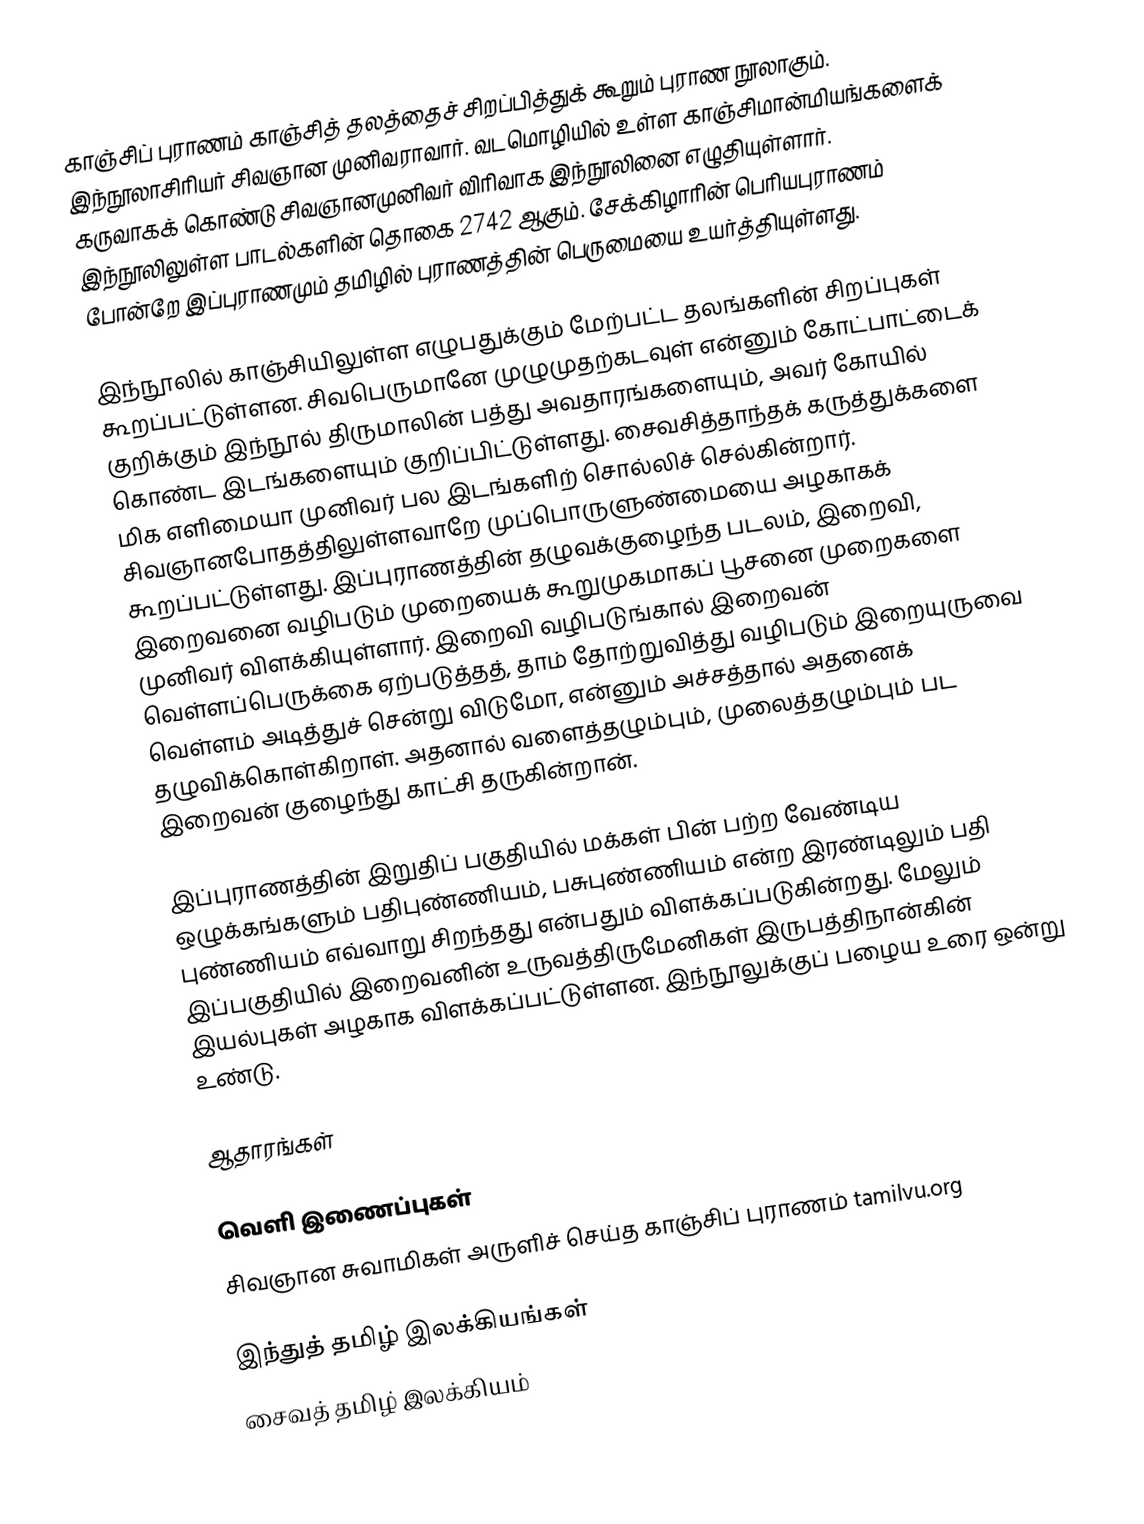
காஞ்சிப் புராணம் காஞ்சித் தலத்தைச் சிறப்பித்துக் கூறும் புராண நூலாகும். இந்நூலாசிரியர் சிவஞான முனிவராவார். வடமொழியில் உள்ள காஞ்சிமான்மியங்களைக் கருவாகக் கொண்டு சிவஞானமுனிவர் விரிவாக இந்நூலினை எழுதியுள்ளார். இந்நூலிலுள்ள பாடல்களின் தொகை 2742 ஆகும். சேக்கிழாரின் பெரியபுராணம் போன்றே இப்புராணமும் தமிழில் புராணத்தின் பெருமையை உயர்த்தியுள்ளது.

இந்நூலில் காஞ்சியிலுள்ள எழுபதுக்கும் மேற்பட்ட தலங்களின் சிறப்புகள் கூறப்பட்டுள்ளன. சிவபெருமானே முழுமுதற்கடவுள் என்னும் கோட்பாட்டைக் குறிக்கும் இந்நூல் திருமாலின் பத்து அவதாரங்களையும், அவர் கோயில் கொண்ட இடங்களையும் குறிப்பிட்டுள்ளது. சைவசித்தாந்தக் கருத்துக்களை மிக எளிமையா முனிவர் பல இடங்களிற் சொல்லிச் செல்கின்றார். சிவஞானபோதத்திலுள்ளவாறே முப்பொருளுண்மையை அழகாகக் கூறப்பட்டுள்ளது. இப்புராணத்தின் தழுவக்குழைந்த படலம், இறைவி, இறைவனை வழிபடும் முறையைக் கூறுமுகமாகப் பூசனை முறைகளை முனிவர் விளக்கியுள்ளார். இறைவி வழிபடுங்கால் இறைவன் வெள்ளப்பெருக்கை ஏற்படுத்தத், தாம் தோற்றுவித்து வழிபடும் இறையுருவை வெள்ளம் அடித்துச் சென்று விடுமோ, என்னும் அச்சத்தால் அதனைக் தழுவிக்கொள்கிறாள். அதனால் வளைத்தழும்பும், முலைத்தழும்பும் பட இறைவன் குழைந்து காட்சி தருகின்றான்.

இப்புராணத்தின் இறுதிப் பகுதியில் மக்கள் பின் பற்ற வேண்டிய ஒழுக்கங்களும் பதிபுண்ணியம், பசுபுண்ணியம் என்ற இரண்டிலும் பதி புண்ணியம் எவ்வாறு சிறந்தது என்பதும் விளக்கப்படுகின்றது. மேலும் இப்பகுதியில் இறைவனின் உருவத்திருமேனிகள் இருபத்திநான்கின் இயல்புகள் அழகாக விளக்கப்பட்டுள்ளன. இந்நூலுக்குப் பழைய உரை ஒன்று உண்டு.

ஆதாரங்கள்

வெளி இணைப்புகள்
சிவஞான சுவாமிகள் அருளிச் செய்த காஞ்சிப் புராணம் tamilvu.org

இந்துத் தமிழ் இலக்கியங்கள்
சைவத் தமிழ் இலக்கியம்